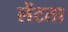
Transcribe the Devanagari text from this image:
लेंटता